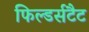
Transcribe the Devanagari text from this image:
फिल्डर्सटैट